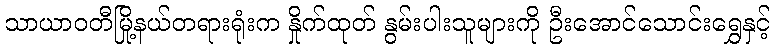
သာယာဝတီမြို့နယ်တရားရုံးက နှိုက်ထုတ် နွမ်းပါးသူများကို ဦးအောင်သောင်းရွှေနှင့်